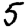
Digit: 5